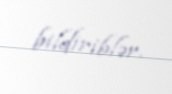
bildiriblər.